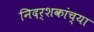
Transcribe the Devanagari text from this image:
निदर्शकांच्या